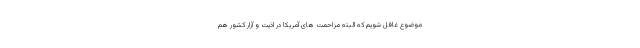
موضوع غافل شویم که البته مزاحمت های آمریکا در اذیت و آزار کشور هم